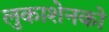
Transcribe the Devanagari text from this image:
लुकाशेनको